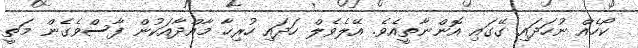
ކޯހެއް ނުހަދައި ގޭގައި އޮންނާތީއެވެ. އޭލެވެލް ހަދައި ހުރިހާ މާއްދާއަކުން ފާސްވެގެން މަތީ